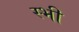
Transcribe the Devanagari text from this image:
स्भी